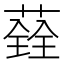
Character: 𦼂